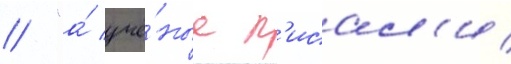
/ "а́ учё́ные п'исал'и